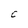
Character: C